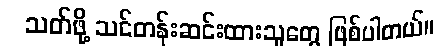
သတ်ဖို့ သင်တန်းဆင်းထားသူတွေ ဖြစ်ပါတယ်။